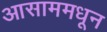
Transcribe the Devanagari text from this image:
आसाममधून